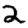
Digit: 2